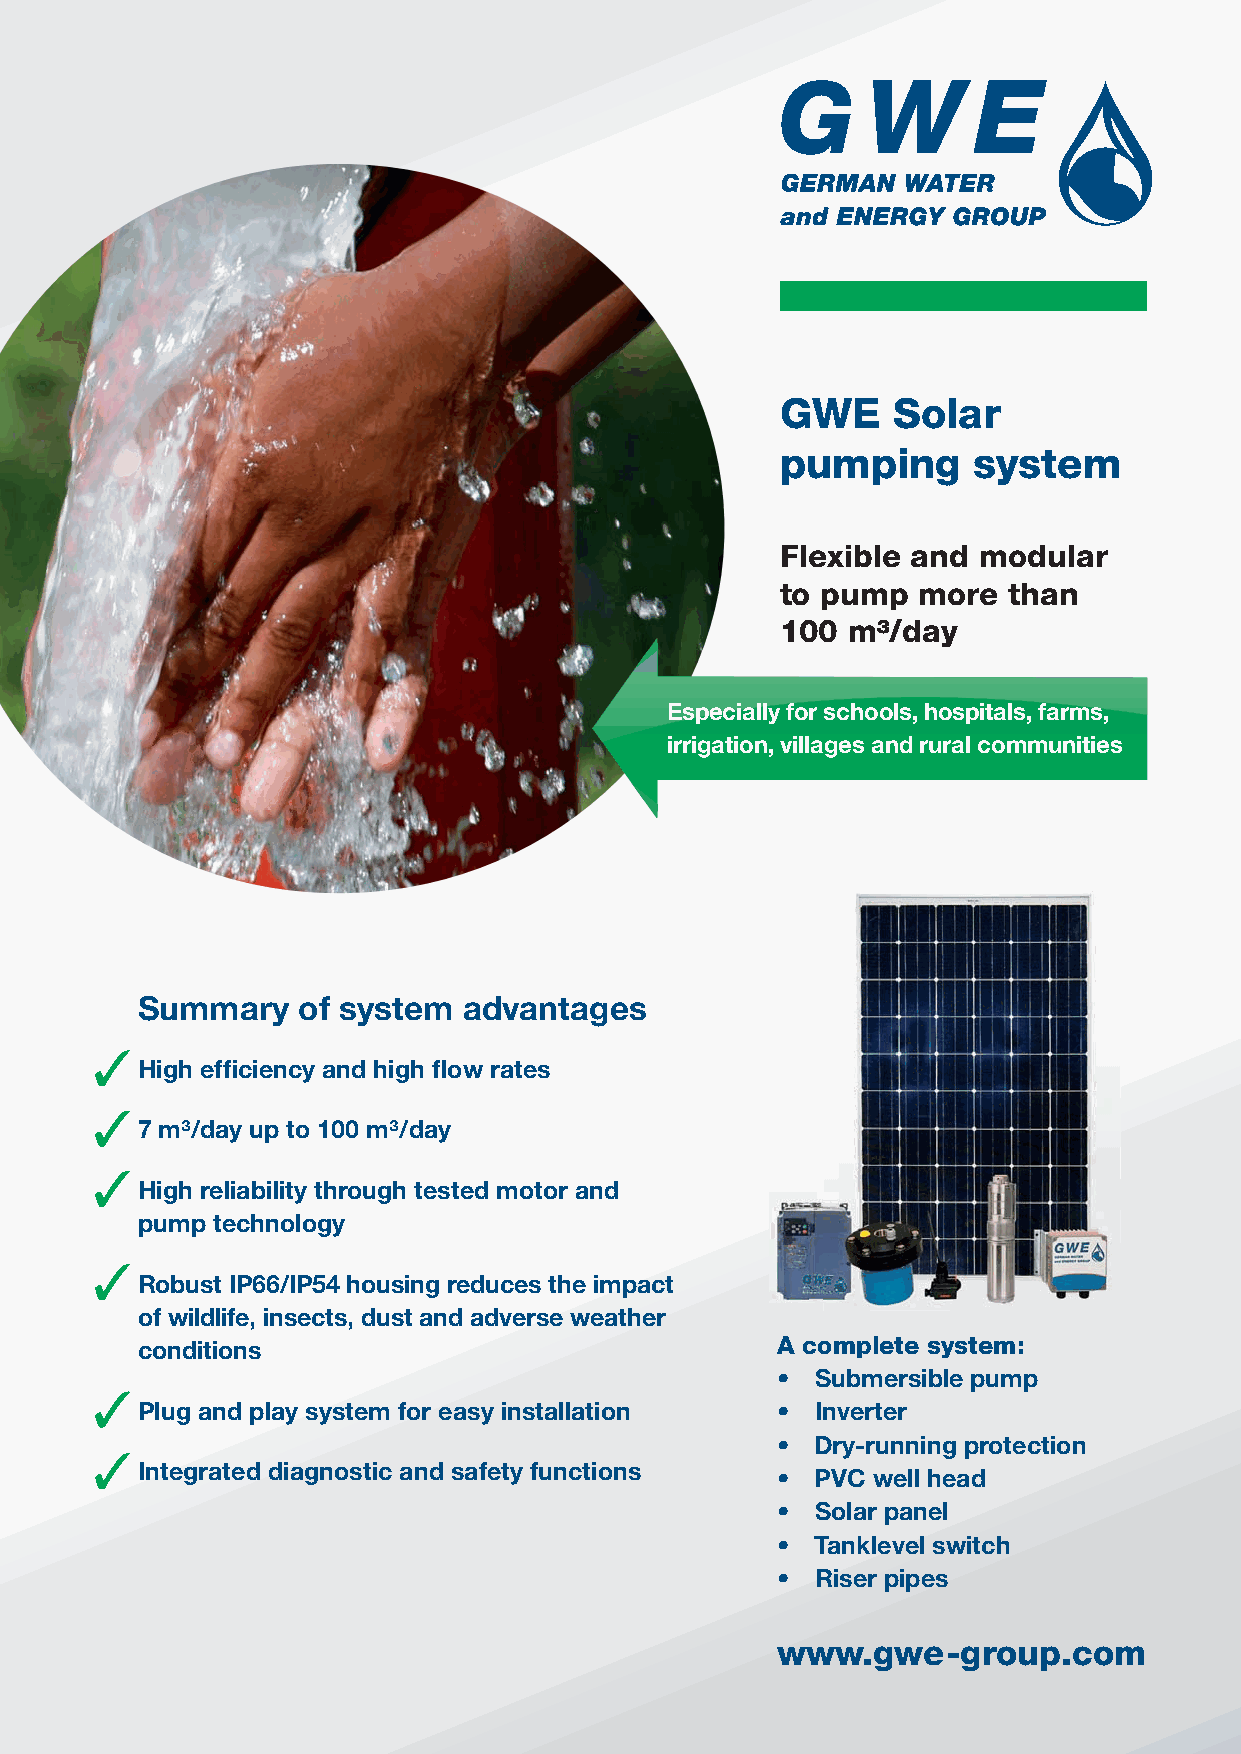
GWE    Solar
 pumping     system
 Flexible and modular
 to pump  more  than
 100 m³/day
 Especially for schools, hospitals, farms,
 irrigation, villages and rural communities
 Summary    of system  advantages
 High effi ciency and high fl ow rates
 7 m³/day up to 100 m³/day
 High reliability through tested motor and
 pump technology
 Robust IP66/IP54 housing reduces the impact
 of wildlife, insects, dust and adverse weather
 conditions                                A complete system:
 •  Submersible pump
 Plug and play system for easy installation • Inverter
 •  Dry-running protection
 Integrated diagnostic and safety functions
 •  PVC well head
 •  Solar panel
 •  Tanklevel switch
 •  Riser pipes
 www.gwe     -group.com